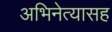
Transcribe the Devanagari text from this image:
अभिनेत्यासह